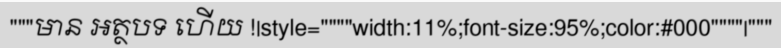
"""មាន អត្ថបទ ហើយ !|style=""""width:11%;font-size:95%;color:#000""""|"""